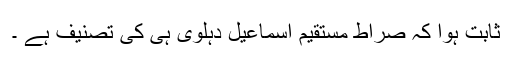
ثابت ہوا کہ صراط مستقیم اسماعیل دہلوی ہی کی تصنیف ہے ۔